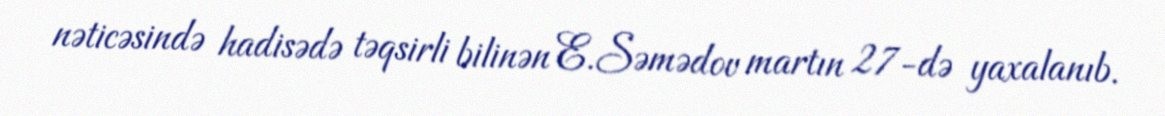
nəticəsində hadisədə təqsirli bilinən E.Səmədov martın 27-də yaxalanıb.